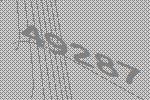
49287